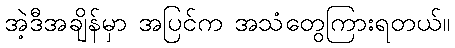
အဲ့ဒီအချိန်မှာ အပြင်က အသံတွေကြားရတယ်။